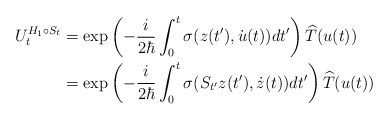
\begin{align*}U_{t}^{H_{1}\circ S_{t}} & =\exp\left( -\frac{i}{2\hbar}\int_{0}^{t}\sigma(z(t^{\prime}),\dot{u}(t))dt^{\prime}\right) \widehat{T}(u(t))\\& =\exp\left( -\frac{i}{2\hbar}\int_{0}^{t}\sigma(S_{t^{\prime}}z(t^{\prime}),\dot{z}(t))dt^{\prime}\right) \widehat{T}(u(t))\end{align*}